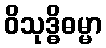
ဝိသုဒ္ဓိဓမ္မာ